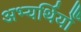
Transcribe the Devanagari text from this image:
अभ्यर्थियोँ